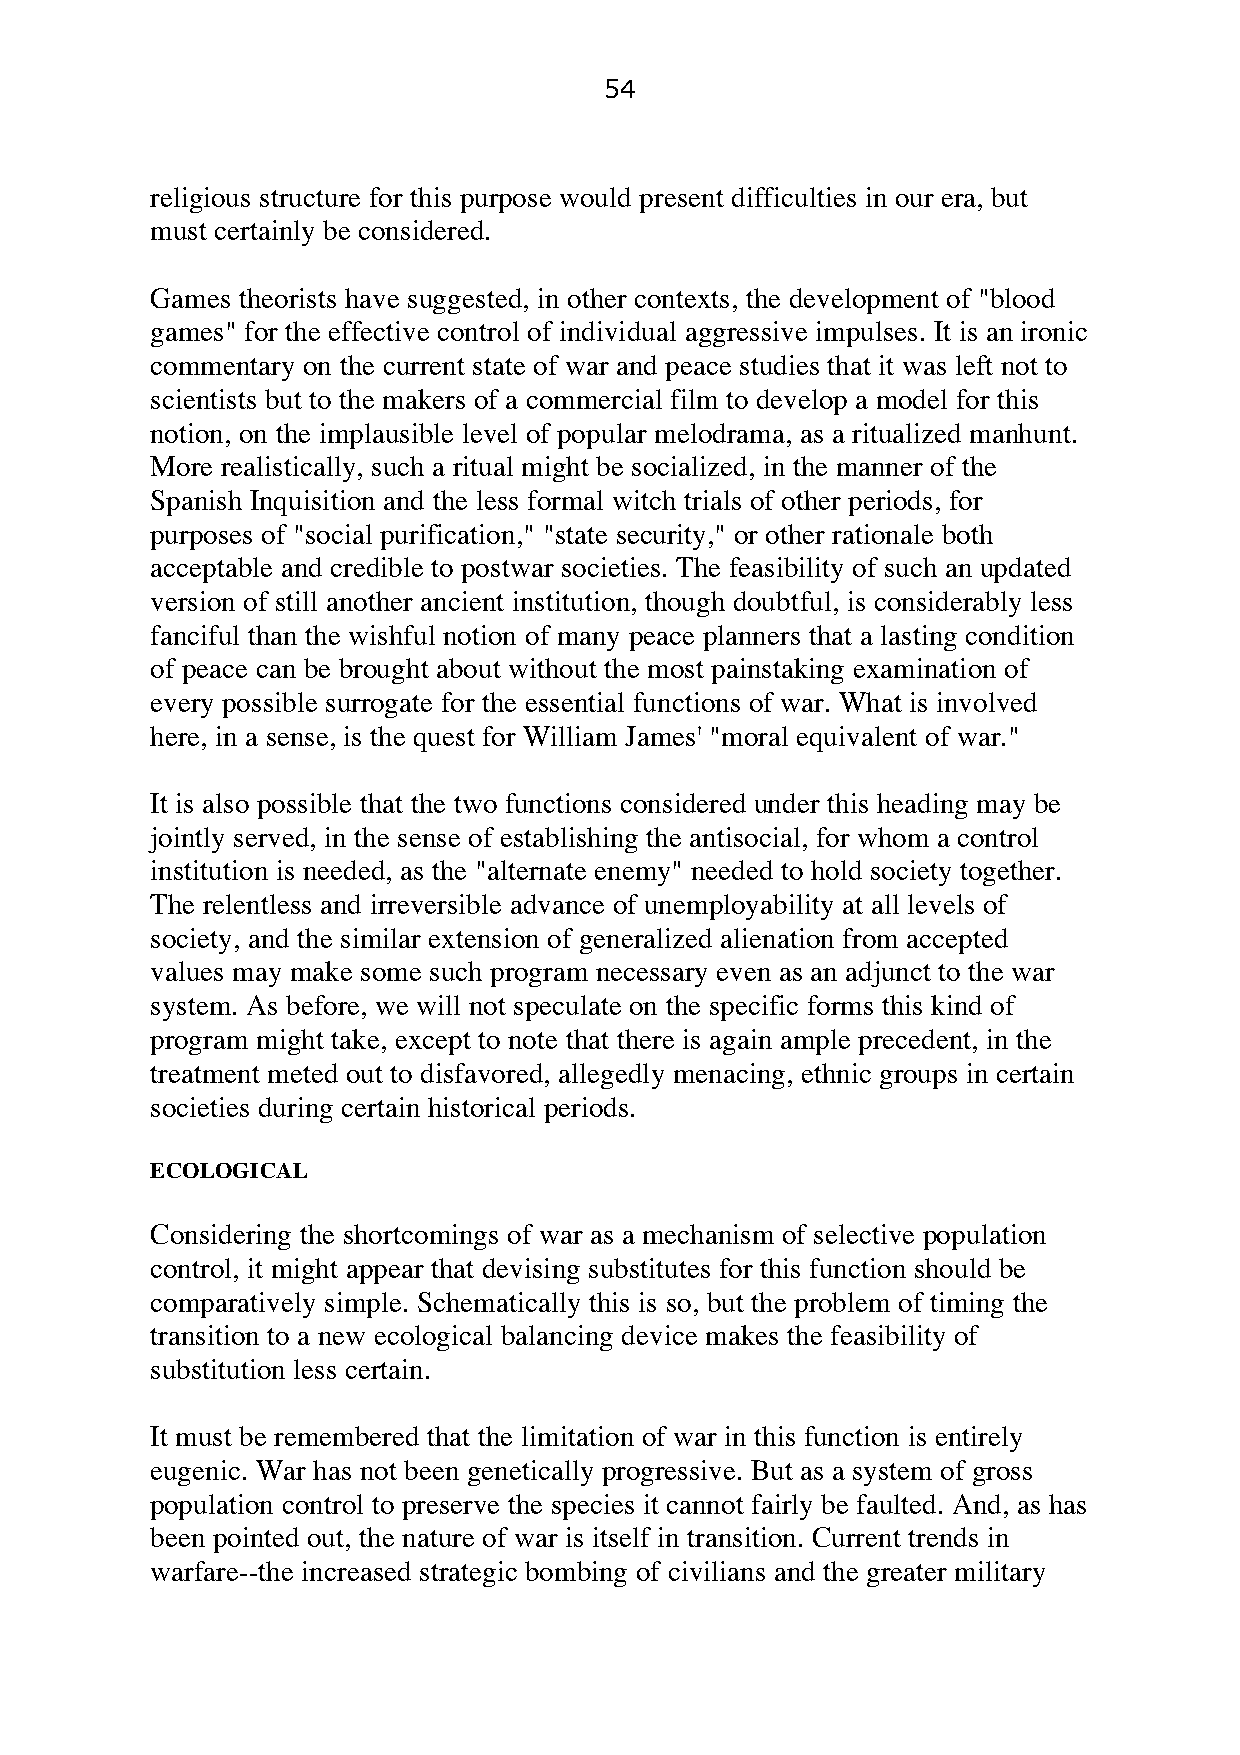
54
 religious structure for this purpose would present difficulties in our era, but
 must certainly be considered.
 Games theorists have suggested, in other contexts, the development of "blood
 games" for the effective control of individual aggressive impulses. It is an ironic
 commentary on the current state of war and peace studies that it was left not to
 scientists but to the makers of a commercial film to develop a model for this
 notion, on the implausible level of popular melodrama, as a ritualized manhunt.
 More realistically, such a ritual might be socialized, in the manner of the
 Spanish Inquisition and the less formal witch trials of other periods, for
 purposes of "social purification," "state security," or other rationale both
 acceptable and credible to postwar societies. The feasibility of such an updated
 version of still another ancient institution, though doubtful, is considerably less
 fanciful than the wishful notion of many peace planners that a lasting condition
 of peace can be brought about without the most painstaking examination of
 every possible surrogate for the essential functions of war. What is involved
 here, in a sense, is the quest for William James' "moral equivalent of war."
 It is also possible that the two functions considered under this heading may be
 jointly served, in the sense of establishing the antisocial, for whom a control
 institution is needed, as the "alternate enemy" needed to hold society together.
 The relentless and irreversible advance of unemployability at all levels of
 society, and the similar extension of generalized alienation from accepted
 values may make some such program necessary even as an adjunct to the war
 system. As before, we will not speculate on the specific forms this kind of
 program might take, except to note that there is again ample precedent, in the
 treatment meted out to disfavored, allegedly menacing, ethnic groups in certain
 societies during certain historical periods.
 ECOLOGICAL
 Considering the shortcomings of war as a mechanism of selective population
 control, it might appear that devising substitutes for this function should be
 comparatively simple. Schematically this is so, but the problem of timing the
 transition to a new ecological balancing device makes the feasibility of
 substitution less certain.
 It must be remembered that the limitation of war in this function is entirely
 eugenic. War has not been genetically progressive. But as a system of gross
 population control to preserve the species it cannot fairly be faulted. And, as has
 been pointed out, the nature of war is itself in transition. Current trends in
 warfare--the increased strategic bombing of civilians and the greater military